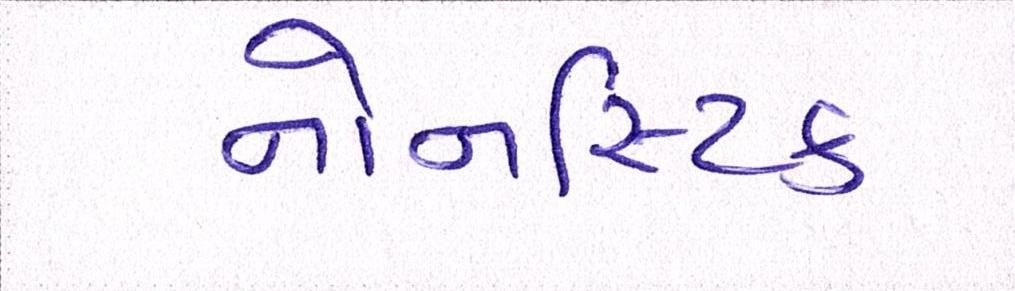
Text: નોનસ્ટિક